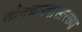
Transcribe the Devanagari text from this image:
सोनचाफ्यासारख्या